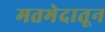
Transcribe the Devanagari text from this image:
मतभेदातून